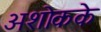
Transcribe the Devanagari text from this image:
अशोकके